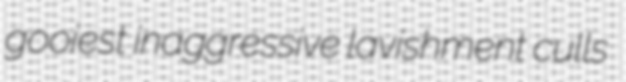
gooiest inaggressive lavishment culls